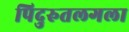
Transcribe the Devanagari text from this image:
पिदुरुतलगला